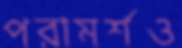
পরামর্শও